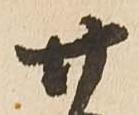
廿